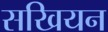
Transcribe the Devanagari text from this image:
सखियन